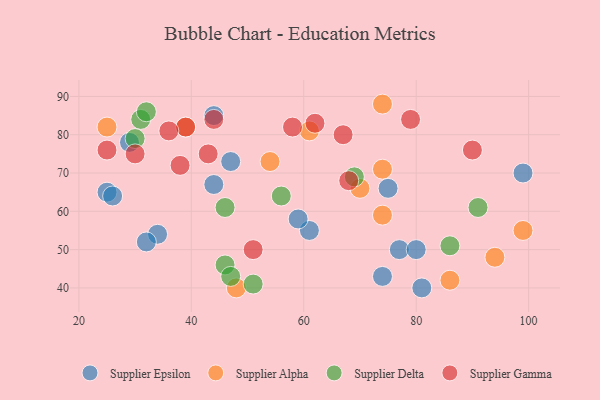
{"axis": {"x": "GDP", "y": "Life Expectancy"}, "legend": ["Supplier Alpha", "Supplier Delta", "Supplier Epsilon", "Supplier Gamma"], "data": [{"x": "75", "y": 66, "type": "Supplier Epsilon"}, {"x": "61", "y": 55, "type": "Supplier Epsilon"}, {"x": "25", "y": 65, "type": "Supplier Epsilon"}, {"x": "47", "y": 73, "type": "Supplier Epsilon"}, {"x": "34", "y": 54, "type": "Supplier Epsilon"}, {"x": "26", "y": 64, "type": "Supplier Epsilon"}, {"x": "32", "y": 52, "type": "Supplier Epsilon"}, {"x": "77", "y": 50, "type": "Supplier Epsilon"}, {"x": "44", "y": 85, "type": "Supplier Epsilon"}, {"x": "59", "y": 58, "type": "Supplier Epsilon"}, {"x": "80", "y": 50, "type": "Supplier Epsilon"}, {"x": "81", "y": 40, "type": "Supplier Epsilon"}, {"x": "29", "y": 78, "type": "Supplier Epsilon"}, {"x": "74", "y": 43, "type": "Supplier Epsilon"}, {"x": "44", "y": 67, "type": "Supplier Epsilon"}, {"x": "99", "y": 70, "type": "Supplier Epsilon"}, {"x": "61", "y": 81, "type": "Supplier Alpha"}, {"x": "70", "y": 66, "type": "Supplier Alpha"}, {"x": "94", "y": 48, "type": "Supplier Alpha"}, {"x": "25", "y": 82, "type": "Supplier Alpha"}, {"x": "48", "y": 40, "type": "Supplier Alpha"}, {"x": "99", "y": 55, "type": "Supplier Alpha"}, {"x": "74", "y": 88, "type": "Supplier Alpha"}, {"x": "54", "y": 73, "type": "Supplier Alpha"}, {"x": "86", "y": 42, "type": "Supplier Alpha"}, {"x": "39", "y": 82, "type": "Supplier Alpha"}, {"x": "74", "y": 71, "type": "Supplier Alpha"}, {"x": "74", "y": 59, "type": "Supplier Alpha"}, {"x": "46", "y": 61, "type": "Supplier Delta"}, {"x": "51", "y": 41, "type": "Supplier Delta"}, {"x": "31", "y": 84, "type": "Supplier Delta"}, {"x": "56", "y": 64, "type": "Supplier Delta"}, {"x": "69", "y": 69, "type": "Supplier Delta"}, {"x": "30", "y": 79, "type": "Supplier Delta"}, {"x": "91", "y": 61, "type": "Supplier Delta"}, {"x": "86", "y": 51, "type": "Supplier Delta"}, {"x": "46", "y": 46, "type": "Supplier Delta"}, {"x": "32", "y": 86, "type": "Supplier Delta"}, {"x": "47", "y": 43, "type": "Supplier Delta"}, {"x": "51", "y": 50, "type": "Supplier Gamma"}, {"x": "44", "y": 84, "type": "Supplier Gamma"}, {"x": "62", "y": 83, "type": "Supplier Gamma"}, {"x": "79", "y": 84, "type": "Supplier Gamma"}, {"x": "25", "y": 76, "type": "Supplier Gamma"}, {"x": "43", "y": 75, "type": "Supplier Gamma"}, {"x": "90", "y": 76, "type": "Supplier Gamma"}, {"x": "39", "y": 82, "type": "Supplier Gamma"}, {"x": "38", "y": 72, "type": "Supplier Gamma"}, {"x": "68", "y": 68, "type": "Supplier Gamma"}, {"x": "36", "y": 81, "type": "Supplier Gamma"}, {"x": "30", "y": 75, "type": "Supplier Gamma"}, {"x": "67", "y": 80, "type": "Supplier Gamma"}, {"x": "58", "y": 82, "type": "Supplier Gamma"}]}